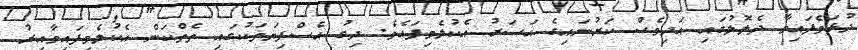
ދުޅަވެފައިވާ ދެލޮލުގައި އަދިވެސް ކަރުނައިގެ އަސަރު އެކުލެވިފައެވެ. ދިގު އެސްފިޔަތަކުގައި ތެތްކަން އެކުލެވިފައިވާއިރު